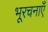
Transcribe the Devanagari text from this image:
भूरचनाएँ